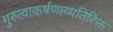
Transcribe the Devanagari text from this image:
गुरुत्वाकर्षणाव्यतिरिक्त